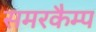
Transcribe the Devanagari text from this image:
समरकैम्प